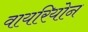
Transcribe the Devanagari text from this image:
वायरियोन